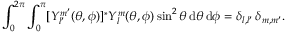
\int _ { 0 } ^ { 2 \pi } \int _ { 0 } ^ { \pi } [ Y _ { l ^ { \prime } } ^ { m ^ { \prime } } ( \theta , \phi ) ] ^ { * } Y _ { l } ^ { m } ( \theta , \phi ) \sin ^ { 2 } \theta \, \mathrm { d } \theta \, \mathrm { d } \phi = \delta _ { l , l ^ { \prime } } \, \delta _ { m , m ^ { \prime } } .